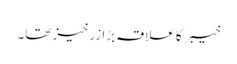
خیبر کا علاقہ بڑا زرخیز تھا۔